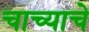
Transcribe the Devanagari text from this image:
चाच्याचे